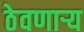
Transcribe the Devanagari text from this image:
ठेवणाऱ्य